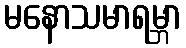
မနောသမာရမ္ဘာ